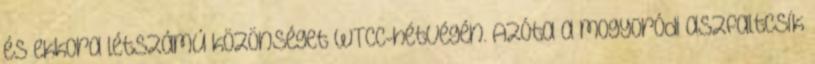
és ekkora létszámú közönséget WTCC-hétvégén. Azóta a mogyoródi aszfaltcsík